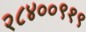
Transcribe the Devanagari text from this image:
२८४००९१९